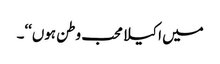
میں اکیلا محب وطن ہوں‘‘۔